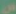
س